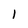
Character: 1